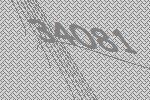
34081